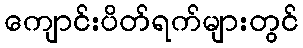
ကျောင်းပိတ်ရက်များတွင်